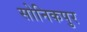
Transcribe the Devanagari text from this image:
सोनिकपुर